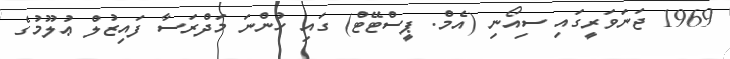
1969 ޖަނަވަރީގައި ސިއޯނި (އެމް. ޕީސްޓޭޓް) ގައި ހުންނަ މަދްރަސާ ފައިޒުލް ޢުލޫމުގެ